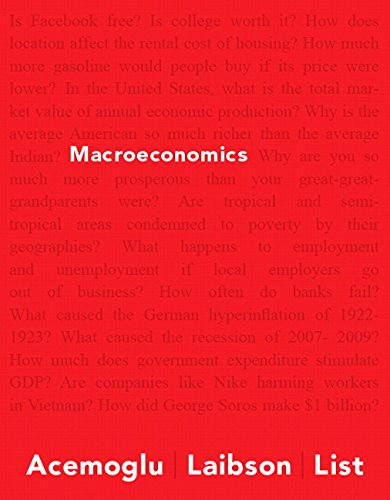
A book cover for Macroeconomics (Pearson Series in Economics); Daron Acemoglu; Business & Money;